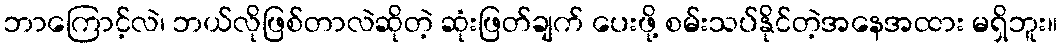
ဘာကြောင့်လဲ၊ ဘယ်လိုဖြစ်တာလဲဆိုတဲ့ ဆုံးဖြတ်ချက် ပေးဖို့ စမ်းသပ်နိုင်တဲ့အနေအထား မရှိဘူး။